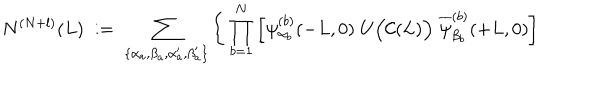
N ^ { ( N + l ) } ( L ) \; : = \; \sum _ { \{ \alpha _ { a } , \beta _ { a } , \alpha _ { a } ^ { \prime } , \beta _ { a } ^ { \prime } \} } \Bigg \{ \prod _ { b = 1 } ^ { N } \left[ \psi _ { \alpha _ { b } } ^ { ( b ) } ( - L , 0 ) \; U \Big ( { \cal C } ( L ) \Big ) \; \overline { { { \psi } } } _ { \beta _ { b } } ^ { ( b ) } ( + L , 0 ) \right]